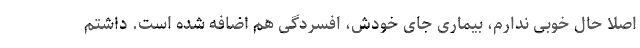
اصلاً حال خوبی ندارم، بیماری جای خودش، افسردگی هم اضافه شده است. داشتم